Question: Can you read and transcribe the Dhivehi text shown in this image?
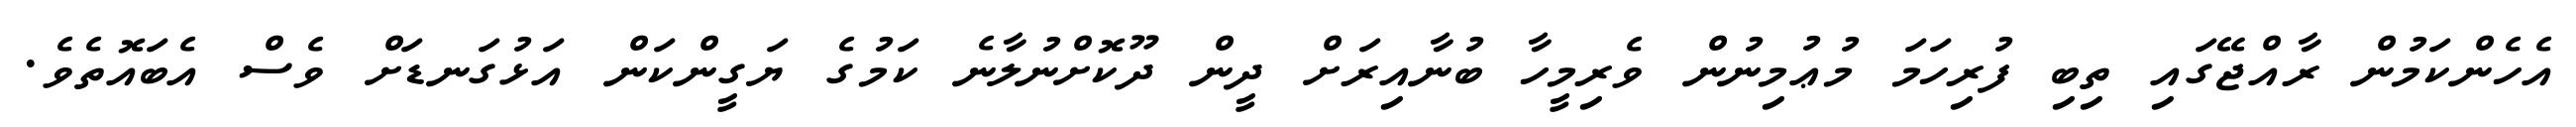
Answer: އެހެންކަމުން ރާއްޖޭގައި ތިބި ފުރިހަމަ މުޢުމިނުން ވެރިމީހާ ބުނާއިރަށް ދީން ދޫކޮށްނުލާނެ ކަމުގެ ޔަގީންކަން އަޅުގަނޑަށް ވެސް އެބައޮތެވެ.